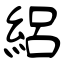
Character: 絽